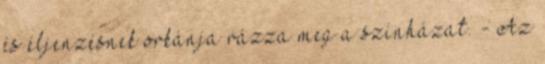
és éljenzésnek orkánja rázza meg a színházat. - Az